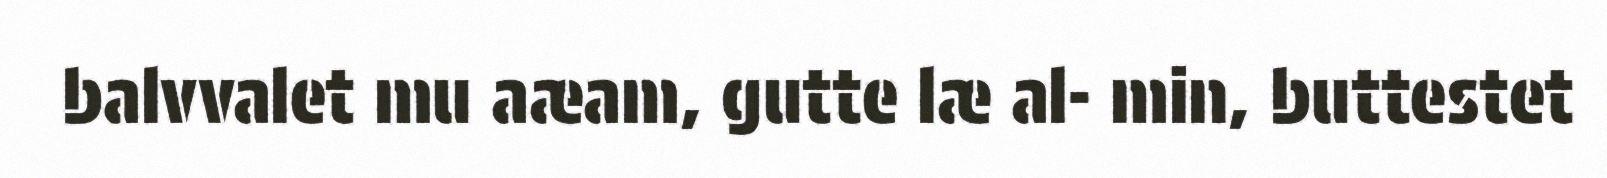
balvvalet mu aæam, gutte læ al- min, buttestet